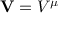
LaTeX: \mathbf { V } = V ^ { \mu }